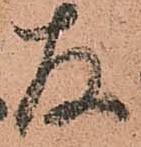
存